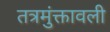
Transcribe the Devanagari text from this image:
तत्रमुंक्तावली